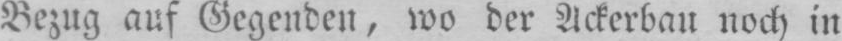
Bezug auf Gegenden, wo der Ackerbau noch in